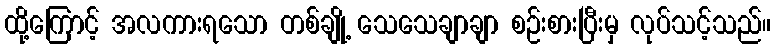
ထို့ကြောင့် အလကားရသော တစ်ချို့ သေသေချာချာ စဉ်းစားပြီးမှ လုပ်သင့်သည်။